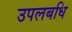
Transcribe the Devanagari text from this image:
उपलबधि